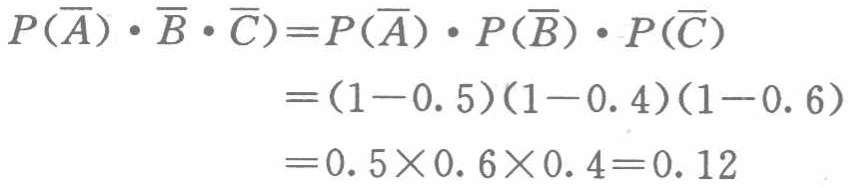
\[
\begin{align*}
P(\overline{A})\cdot \overline{B}\cdot \overline{C})&=P(\overline{A})\cdot P(\overline{B})\cdot P(\overline{C})\\
&=(1 - 0.5)(1 - 0.4)(1 - 0.6)\\
&=0.5\times0.6\times0.4 = 0.12
\end{align*}
\]